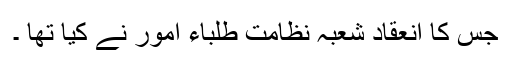
جس کا انعقاد شعبہ نظامت طلباء امور نے کیا تھا ۔